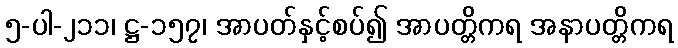
၅-ပါ-၂၁၁၊ ဋ္ဌ-၁၅၇၊ အာပတ်နှင့်စပ်၍ အာပတ္တိကရ အနာပတ္တိကရ